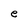
Character: e